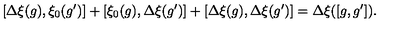
[ \Delta \xi ( g ) , \xi _ { 0 } ( g ^ { \prime } ) ] + [ \xi _ { 0 } ( g ) , \Delta \xi ( g ^ { \prime } ) ] + [ \Delta \xi ( g ) , \Delta \xi ( g ^ { \prime } ) ] = \Delta \xi ( [ g , g ^ { \prime } ] ) .